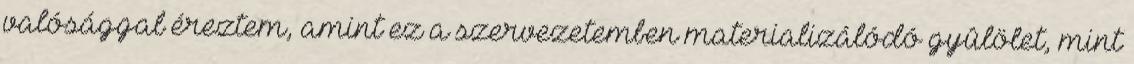
valósággal éreztem, amint ez a szervezetemben materializálódó gyûlölet, mint